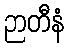
ဉာတီနံ